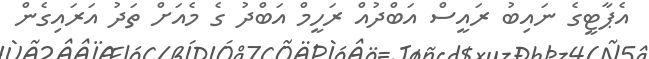
އެޕާޓީގެ ނައިބު ރައީސް އަބްދުއް ރަހީމް އަބްދު ގެ މެއަށް ތަދު އަރައިގެން